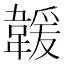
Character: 𩏅